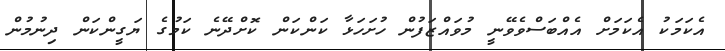
އެކަމަކު އެކަމަށް އެއްބަސްވެވޭނީ މުވައްޒަފުން ހުށަހަޅާ ކަންކަން ކޮށްދޭނެ ކަމުގެ ޔަގީންކަން ދިނުމުން